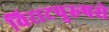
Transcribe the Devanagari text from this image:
विराटपुरुषसे